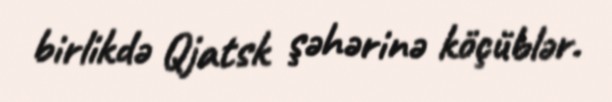
birlikdə Qjatsk şəhərinə köçüblər.